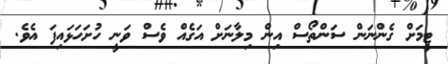
ޓީމަށް ގެންނަން ސަންތޯސް އިން މިލާނަށް އަގެއް ވެސް ވަނީ ހުށަހަޅައިފަ އެވެ.